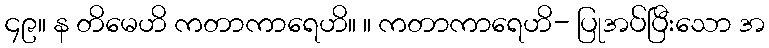
၄၉။ န တိမေဟိ ကတာကာရေဟိ။ ။ ကတာကာရေဟိ- ပြုအပ်ပြီးသော အ